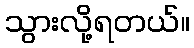
သွားလို့ရတယ်။